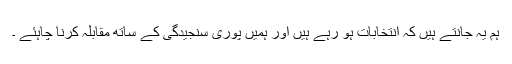
ہم یہ جانتے ہیں کہ انتخابات ہو رہے ہیں اور ہمیں پوری سنجیدگی کے ساتھ مقابلہ کرنا چاہئے ۔